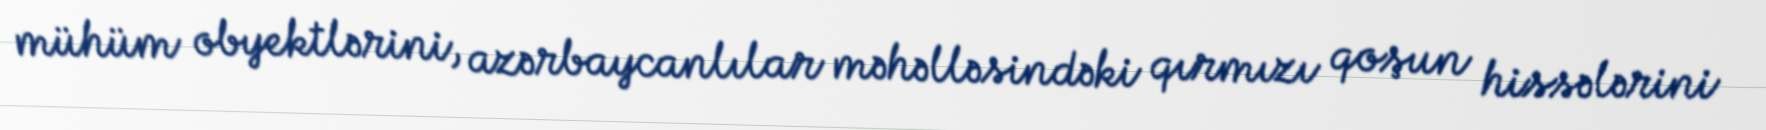
mühüm obyektlərini, azərbaycanlılar məhəlləsindəki qırmızı qoşun hissələrini